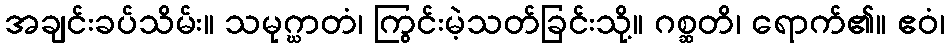
အချင်းခပ်သိမ်း။ သမုဂ္ဃာတံ၊ ကြွင်းမဲ့သတ်ခြင်းသို့။ ဂစ္ဆတိ၊ ရောက်၏။ ဧဝံ၊